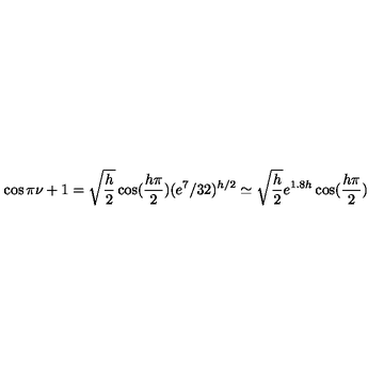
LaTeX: \cos \pi \nu + 1 = \sqrt { \frac { h } { 2 } } \cos ( \frac { h \pi } { 2 } ) ( e ^ { 7 } / 3 2 ) ^ { h / 2 } \simeq \sqrt { \frac { h } { 2 } } e ^ { 1 . 8 h } \cos ( \frac { h \pi } { 2 } )